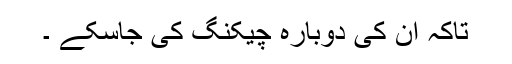
تاکہ اُن کی دوبارہ چیکنگ کی جاسکے ۔